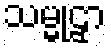
သမ္မုဠှာ